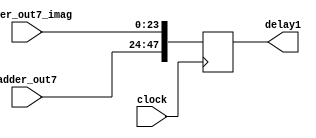
module delay_accum (clock, adder_out7, adder_out7_imag, delay1);

input clock;
input [23:0] adder_out7;
input [23:0] adder_out7_imag;

output [47:0] delay1;
reg    [47:0] delay1;

always@(posedge clock)
begin
	delay1 <= {adder_out7,adder_out7_imag};
	//delay1 <= delay2;

end

endmodule